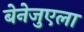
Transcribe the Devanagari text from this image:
बेनेजुएला